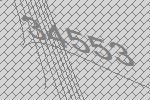
34553